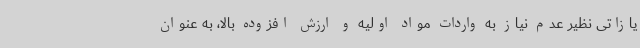
یازاتی نظیر عدم نیاز به واردات مواد اولیه و ارزش افزوده بالا، به عنوان